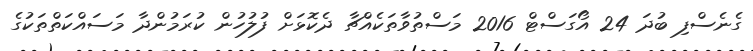
ގެނެސްފި ބުދަ 24 އޯގަސްޓް 2016 މަސްތުވާތަކެއްޗާ ދެކޮޅަށް ފުލުހުން ކުރަމުންދާ މަސައްކަތްތަކުގެ